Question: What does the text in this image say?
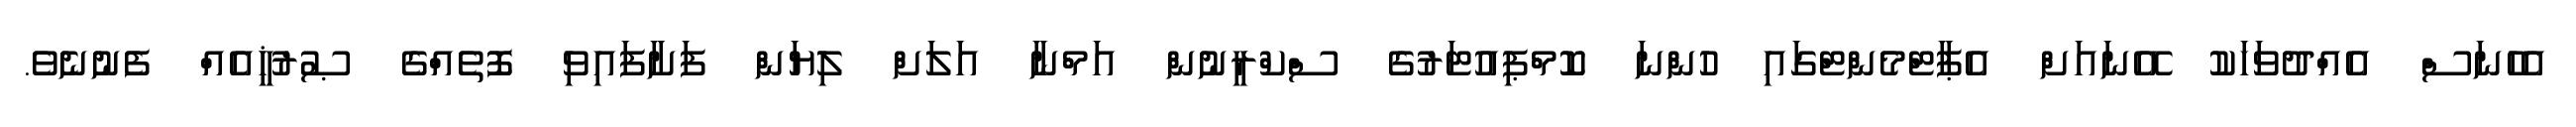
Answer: އެހެނަސް އެއްދުވަހަކު އޭނައަށް އެޕާޓްމެންޓްގައި ހުންނަ ކޮމްޕިއުޓަރުގެ ސްކްރީނުން އަމްނާ އަލަށް ލިޔަން ފަށާފައިވި ފޮތެއްގެ ޞުރުޚީއެއް ފެނުނެވެ.